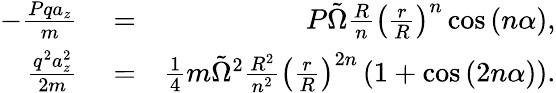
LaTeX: \begin{array}{rlr}{-\frac{Pqa_{z}}{m}}&{{}=}&{P\tilde{\Omega}\frac{R}{n}\left(\frac{r}{R}\right)^{n}\cos\left(n\alpha\right),}\\ {\frac{q^{2}a_{z}^{2}}{2m}}&{{}=}&{\frac{1}{4}m\tilde{\Omega}^{2}\frac{R^{2}}{n^{2}}\left(\frac{r}{R}\right)^{2n}\left(1+\cos\left(2n\alpha\right)\right).}\end{array}